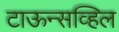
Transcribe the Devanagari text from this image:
टाऊन्सव्हिल